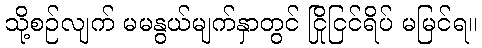
သို့စဉ်လျက် မမနွယ်မျက်နှာတွင် ငြိုငြင်ရိပ် မမြင်ရ။